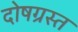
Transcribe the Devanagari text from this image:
दोषग्रस्त